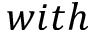
w i t h